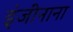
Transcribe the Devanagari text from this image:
इंजींनाना